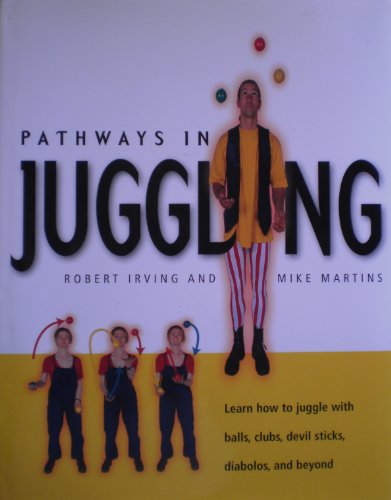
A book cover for Pathways in Juggling; Robert Irving; Sports & Outdoors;